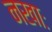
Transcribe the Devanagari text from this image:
नखाः